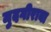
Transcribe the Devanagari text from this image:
मुदगीराबा